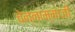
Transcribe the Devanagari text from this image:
चेन्‍नाम्‍माजी